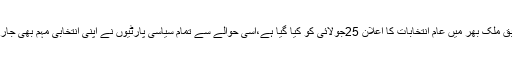
تفصیلات کے مطابق ملک بھر میں عام انتخابات کا اعلان 25جولائی کو کیا گیا ہے،اسی حوالے سے تمام سیاسی پارٹیوں نے اپنی انتخابی مہم بھی جاری رکھی ہوئی ہے۔